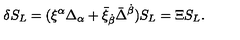
\delta S _ { L } = ( \xi ^ { \alpha } \Delta _ { \alpha } + \bar { \xi } _ { \dot { \beta } } \bar { \Delta } ^ { \dot { \beta } } ) S _ { L } = \Xi S _ { L } .